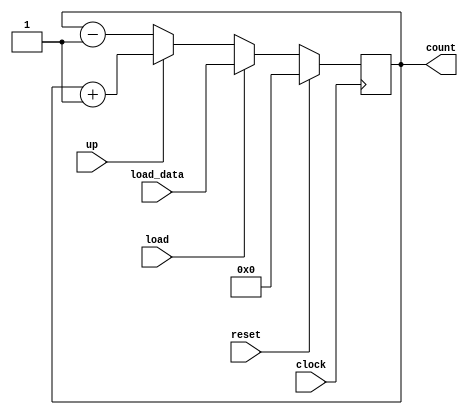
module countc(clock, reset, load, up, load_data, count);
	input clock,reset, load, up;
	input [15:0] load_data;
	output [15:0] count;

	reg [15:0] count;

	always @(posedge clock)
		if (reset)
			count <= 8'b0;
		else 
			if (load)
				count <= #1 load_data;
			else
				if (up)
					count <= #1 count + 1;
				else
					count <= #1 count - 1;
endmodule